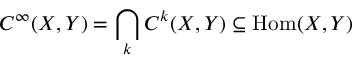
C ^ { \infty } ( X , Y ) = \bigcap _ { k } C ^ { k } ( X , Y ) \subseteq { \mathrm { H o m } } ( X , Y )